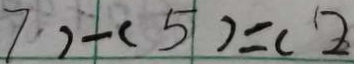
7 2 - ( 5 ) = ( 2